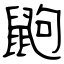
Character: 鼩